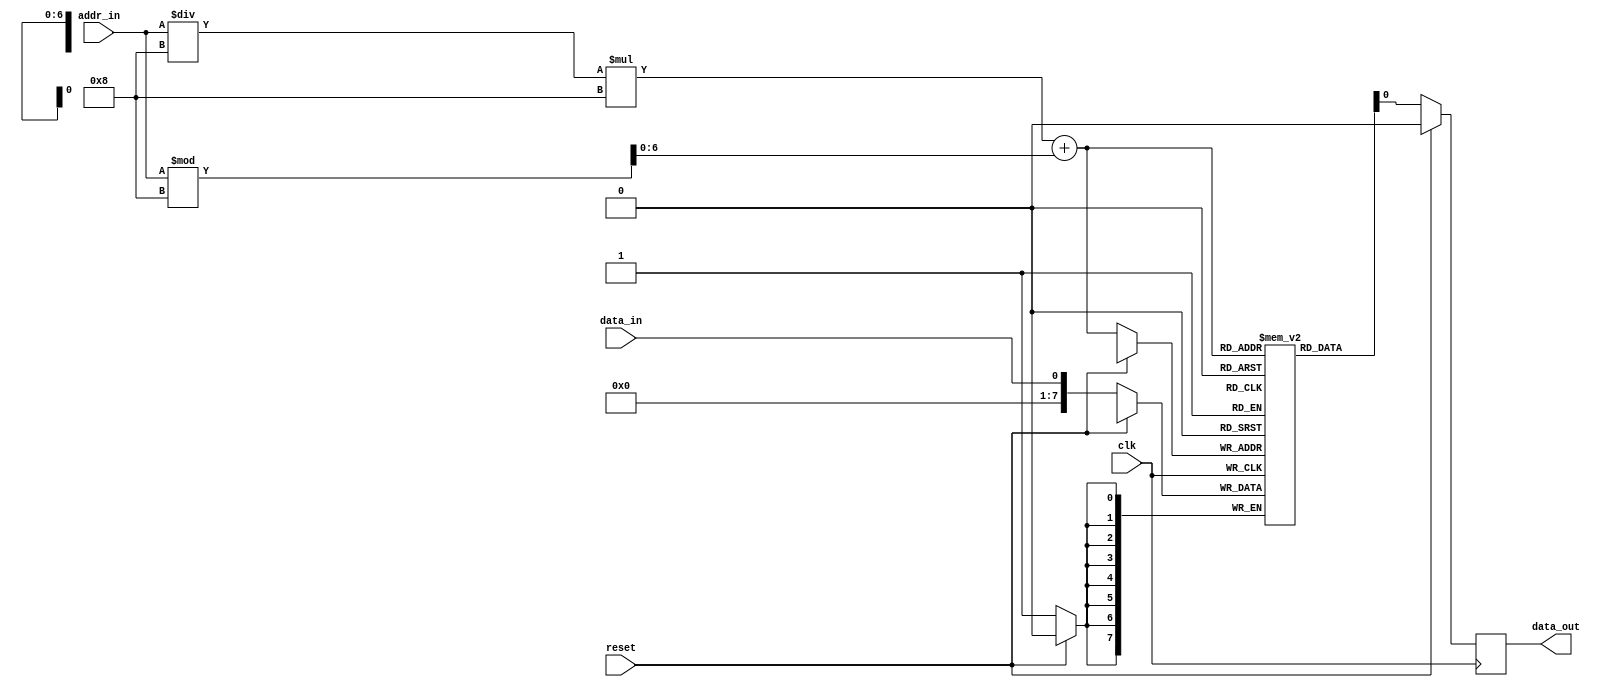
module PROM (
    input clk,
    input reset,
    input [ADDR_WIDTH-1:0] addr_in,
    input data_in,
    output reg data_out
);

parameter BLOCK_SIZE = 8;
parameter NUM_BLOCKS = 16;
parameter ADDR_WIDTH = 4;

reg [7:0] memory [0:NUM_BLOCKS-1][0:BLOCK_SIZE-1];

always @(posedge clk) begin
    if (reset) begin
        data_out <= 0;
    end else begin
        data_out <= memory[addr_in / BLOCK_SIZE][addr_in % BLOCK_SIZE];
    end
end

always @(posedge clk) begin
    if (!reset) begin
        memory[addr_in / BLOCK_SIZE][addr_in % BLOCK_SIZE] <= data_in;
    end
end

endmodule